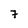
Character: 7